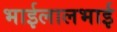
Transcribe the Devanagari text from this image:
भाईलालभाई